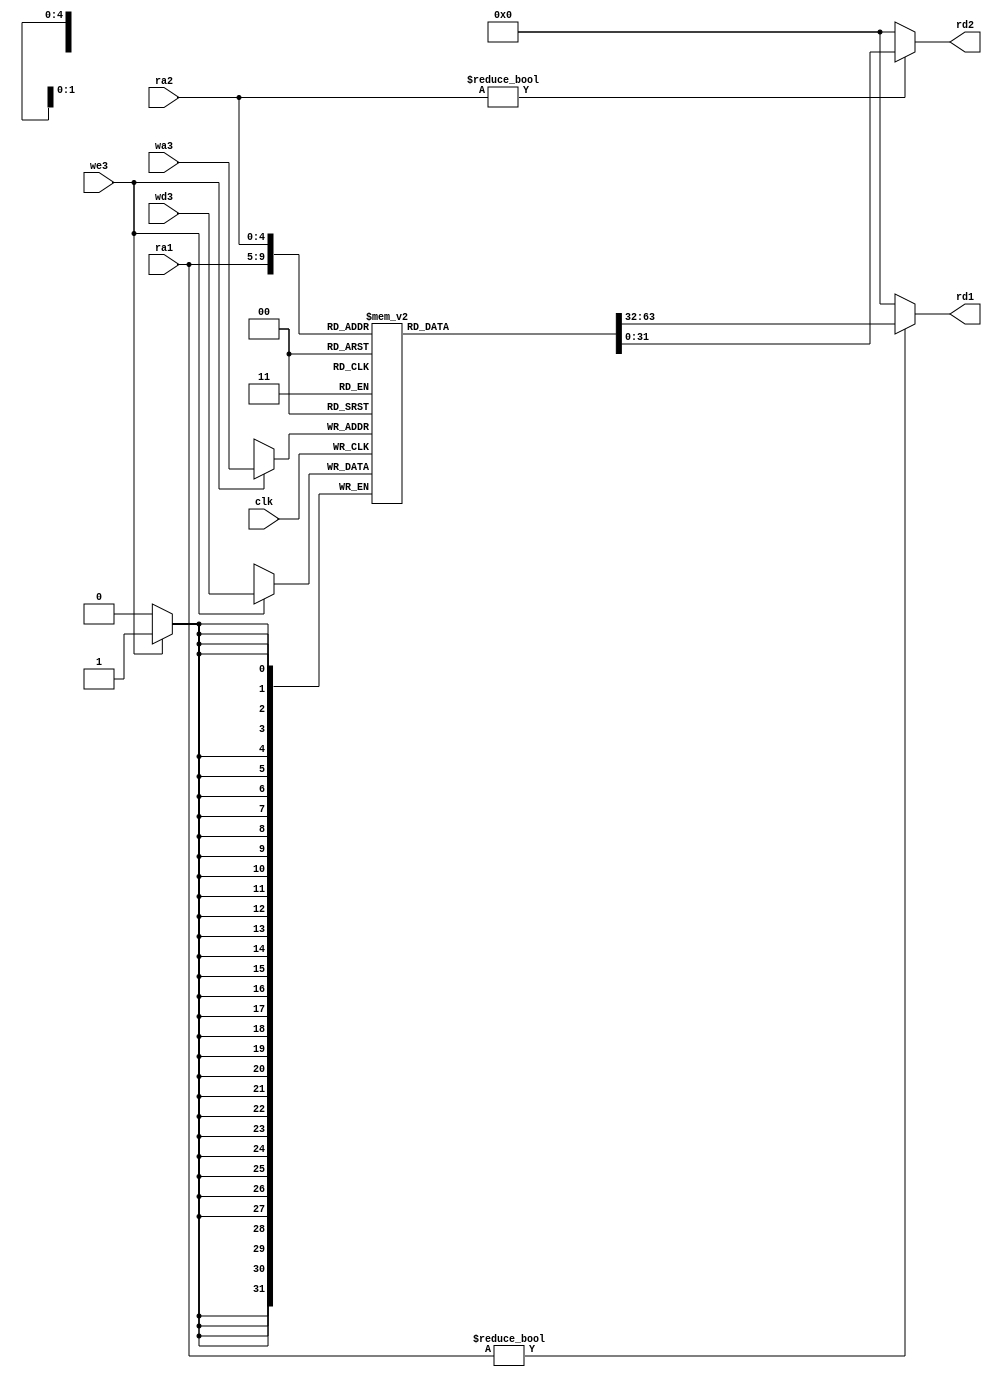
`timescale 1ns / 1ps
//////////////////////////////////////////////////////////////////////////////////
// Company: 
// Engineer: 
// 
// Design Name: 
// Module Name: regfile
// Project Name: 
// Target Devices: 
// Tool Versions: 
// Description: 
// 
// Dependencies: 
// 
// Revision:
// Revision 0.01 - File Created
// Additional Comments:
// 
//////////////////////////////////////////////////////////////////////////////////


module regfile(
	input wire clk,
	input wire we3,
	input wire[4:0] ra1,ra2,wa3,
	input wire[31:0] wd3,
	output wire[31:0] rd1,rd2
    );

	reg [31:0] rf[31:0];

	always @(negedge clk) begin
		if(we3) begin
			 rf[wa3] <= wd3;
		end
	end

	assign rd1 = (ra1 != 0) ? rf[ra1] : 0;
	assign rd2 = (ra2 != 0) ? rf[ra2] : 0;
endmodule